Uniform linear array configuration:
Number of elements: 48
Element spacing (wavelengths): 0.5
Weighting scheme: hann
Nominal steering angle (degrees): -30
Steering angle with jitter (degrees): -30.9
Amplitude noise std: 0.05
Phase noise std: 0.05

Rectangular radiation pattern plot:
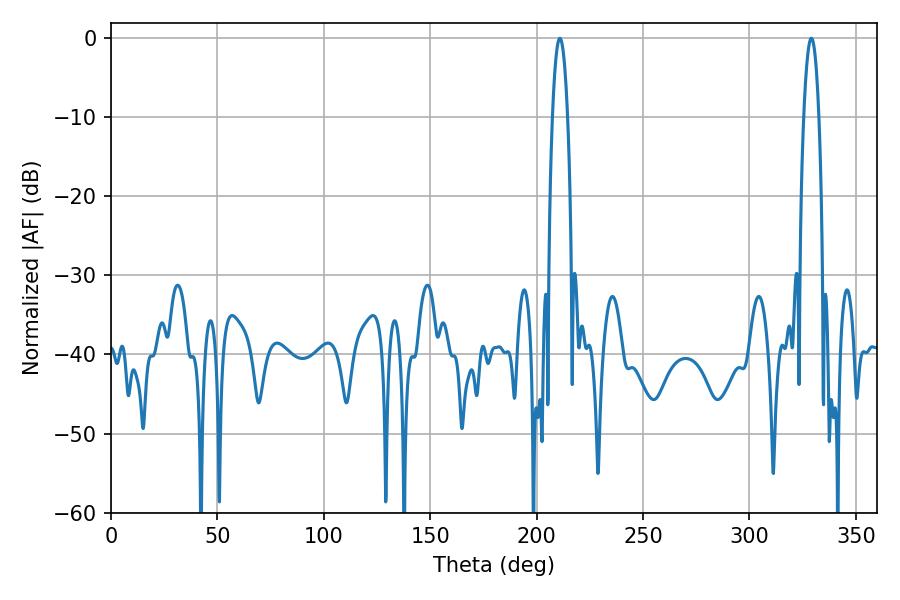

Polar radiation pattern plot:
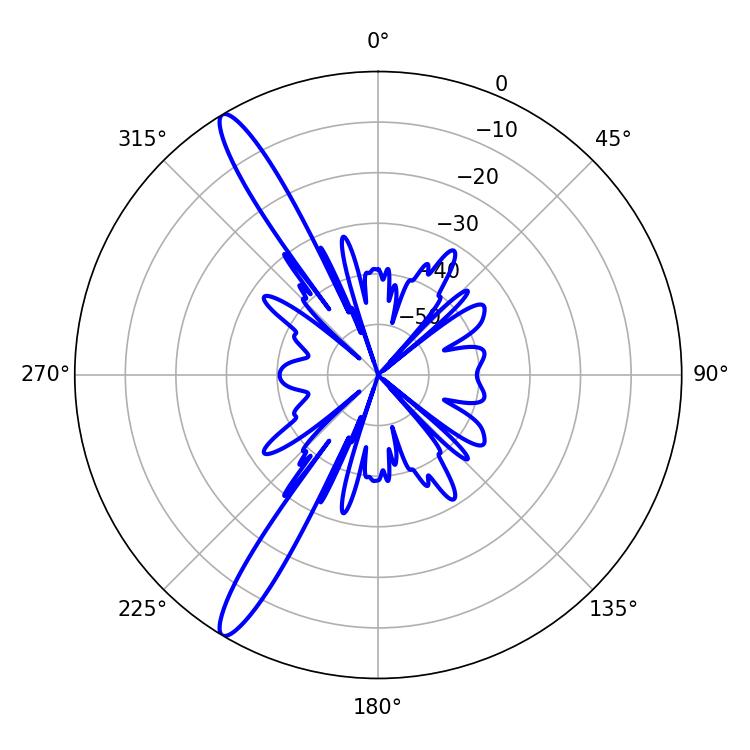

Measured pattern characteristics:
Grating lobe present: FALSE
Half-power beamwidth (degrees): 3.96
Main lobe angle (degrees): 329.04